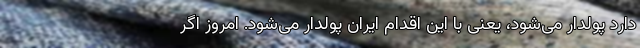
دارد پولدار می‌شود، یعنی با این اقدام ایران پولدار می‌شود. امروز اگر